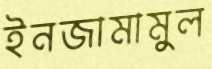
ইনজামামুল